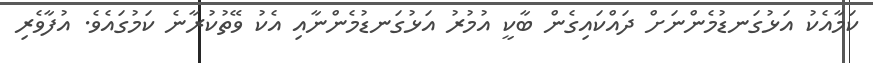
ކަމާއެކު އަޅުގަނޑުމެންނަށް ދައްކައިގެން ބާކީ އުމުރު އަޅުގަނޑުމެންނާއި އެކު ވޭތުކުރާނެ ކަމުގައެވެ. އުފާވެރި